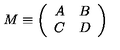
M \equiv \left( \begin{array} { c c } { A } & { B } \\ { C } & { D } \\ \end{array} \right)